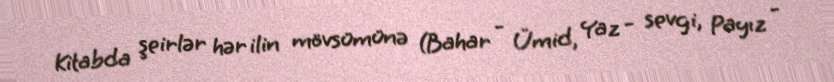
Kitabda şeirlər hər ilin mövsümünə (Bahar - Ümid, Yaz - sevgi, Payız -